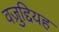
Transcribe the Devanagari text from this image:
वज़ुद्दियह